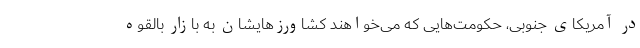
در آمریکای جنوبی، حکومت‌هایی که می‌خواهند کشاورزهایشان به بازار بالقوه